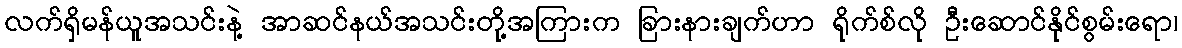
လက်ရှိမန်ယူအသင်းနဲ့ အာဆင်နယ်အသင်းတို့အကြားက ခြားနားချက်ဟာ ရိုက်စ်လို ဦးဆောင်နိုင်စွမ်းရော၊